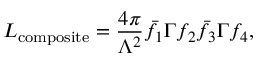
{ \cal L } _ { \mathrm { c o m p o s i t e } } = { \frac { 4 \pi } { \Lambda ^ { 2 } } } \bar { f } _ { 1 } \Gamma f _ { 2 } \bar { f } _ { 3 } \Gamma f _ { 4 } ,